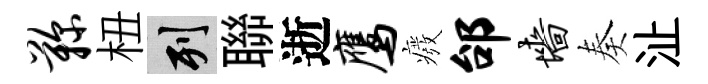
鞠杻列聯逝鹰癈邰墙奏沚